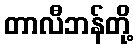
တာလီဘန်တို့